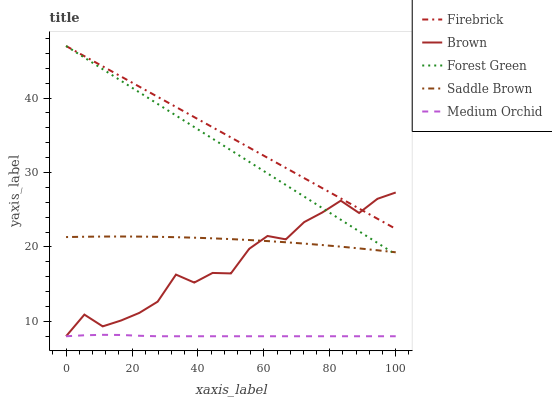
| xaxis_label | Firebrick | Brown | Forest Green | Saddle Brown | Medium Orchid |
 | --- | --- | --- | --- | --- | --- |
 | 0 | 47 | 8 | 47 | 21.3 | 8 |
 | 5.56 | 45.6 | 10.9 | 45.4 | 21.4 | 8.13 |
 | 11.1 | 44.3 | 9.33 | 43.9 | 21.4 | 8.19 |
 | 16.7 | 42.9 | 10.1 | 42.3 | 21.4 | 8.17 |
 | 22.2 | 41.5 | 11.1 | 40.8 | 21.4 | 8.07 |
 | 27.8 | 40.2 | 12.6 | 39.2 | 21.4 | 8 |
 | 33.3 | 38.8 | 16.3 | 37.7 | 21.3 | 8 |
 | 38.9 | 37.4 | 15.2 | 36.1 | 21.2 | 8 |
 | 44.4 | 36.1 | 16.5 | 34.5 | 21.2 | 8 |
 | 50 | 34.7 | 16.4 | 33 | 21.1 | 8 |
 | 55.6 | 33.3 | 19.8 | 31.4 | 20.9 | 8 |
 | 61.1 | 32 | 21.5 | 29.9 | 20.8 | 8 |
 | 66.7 | 30.6 | 21 | 28.3 | 20.6 | 8 |
 | 72.2 | 29.3 | 23.3 | 26.8 | 20.5 | 8 |
 | 77.8 | 27.9 | 24.6 | 25.2 | 20.3 | 8 |
 | 83.3 | 26.5 | 26.2 | 23.7 | 20 | 8 |
 | 88.9 | 25.2 | 24.6 | 22.1 | 19.8 | 8 |
 | 94.4 | 23.8 | 26.5 | 20.5 | 19.6 | 8 |
 | 100 | 22.4 | 27.3 | 19 | 19.3 | 8 |